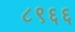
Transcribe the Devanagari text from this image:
८९६६